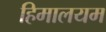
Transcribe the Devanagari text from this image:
हिमालयम